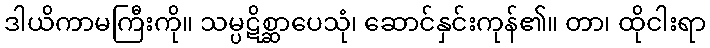
ဒါယိကာမကြီးကို။ သမ္ပဋိစ္ဆာပေသုံ၊ ဆောင်နှင်းကုန်၏။ တာ၊ ထိုငါးရာ